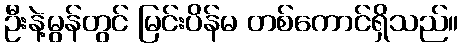
ဦးနဲ့မွန်တွင် မြင်းပိန်မ တစ်ကောင်ရှိသည်။